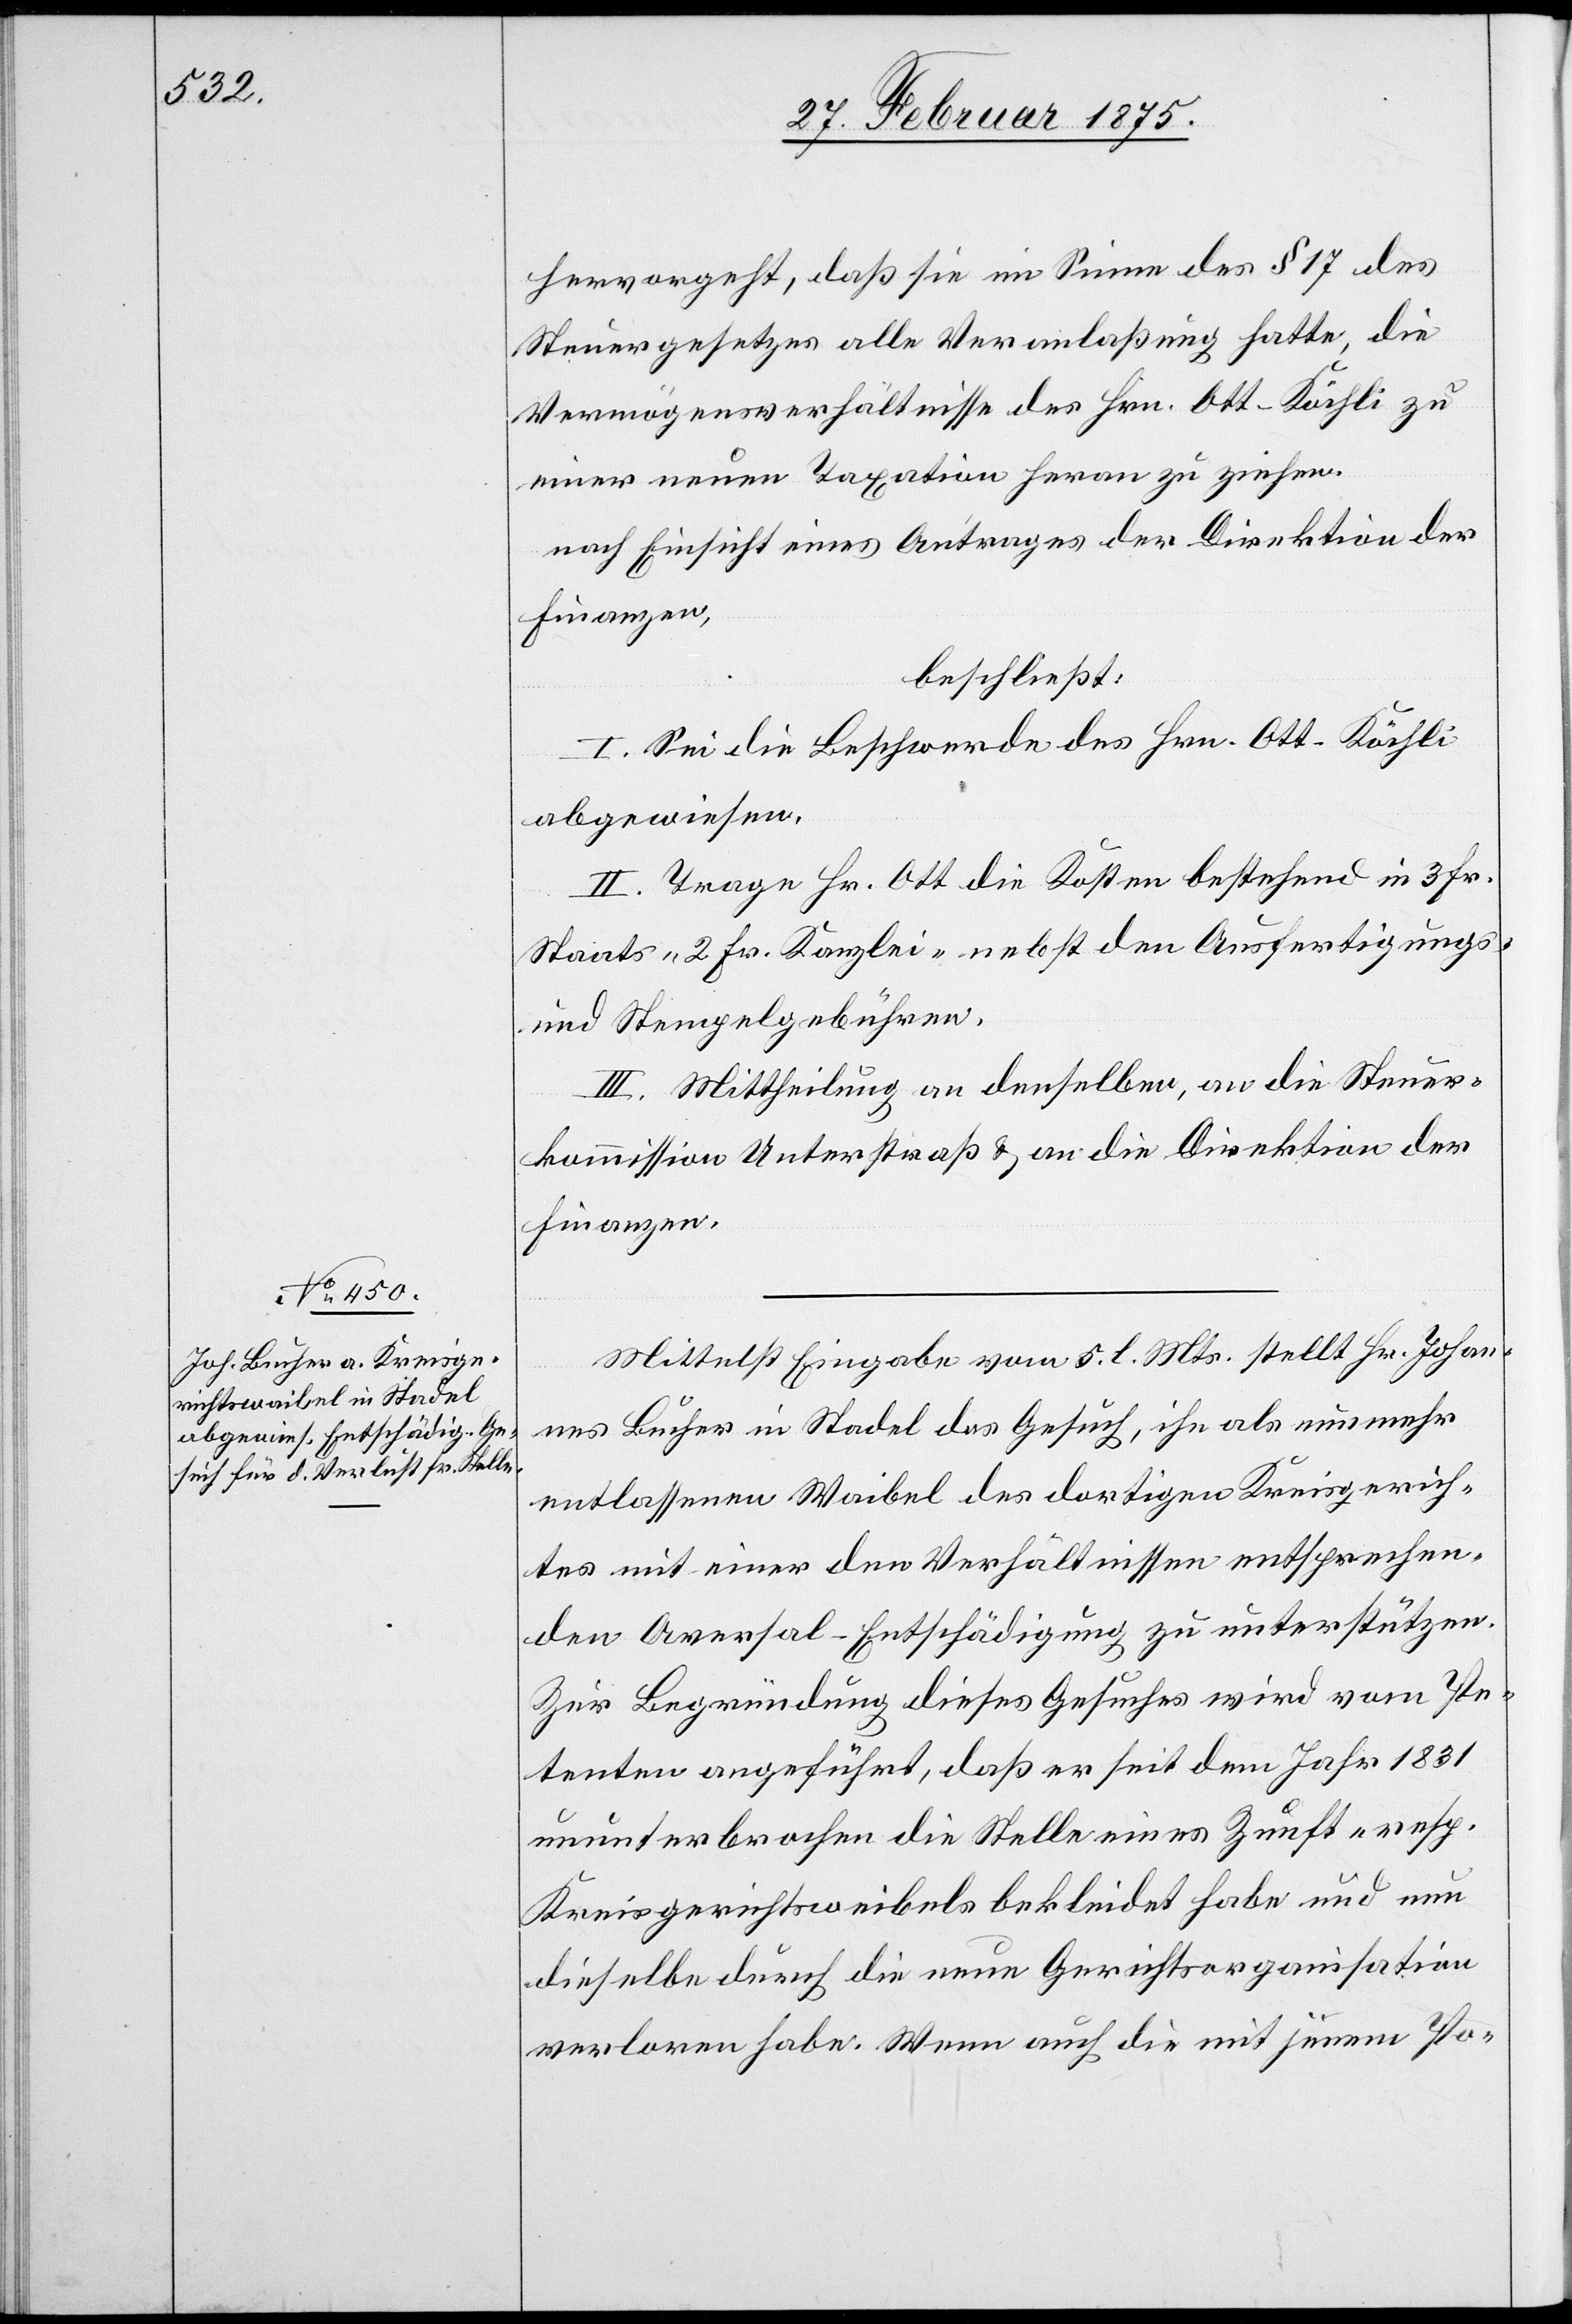
hervorgeht, daß sie im Sinne des § 17 des
Steuergesetzes alle Veranlaßung hatte, die
Vermögensverhältnisse des Hrn. Ott-Köchli zu
einer neuen Taxation heran zu ziehen,
nach Einsicht eines Antrages der Direktion der
Finanzen,
beschließt:
I. Sei die Beschwerde des Hrn. Ott-Köchli
abgewiesen.
II. Trage Hr. Ott die Kosten bestehend in 3 Fr.
Staats-[,] 2 Fr. Kanzlei- nebst den Ausfertigungs-
und Stempelgebühren.
III. Mittheilung an denselben, an die Steuer¬
kommission Unterstraß u. an die Direktion der
Finanzen.
Mittelst Eingabe vom 5. l. Mts. stellt Hr. Johan¬
nes Bucher in Stadel das Gesuch, ihn als nunmehr
entlassenen Waibel des dortigen Kreisgerich¬
tes mit einer den Verhältnissen entsprechen¬
den Aversal-Entschädigung zu unterstützten.
Zur Begründung dieses Gesuches wird vom Pe¬
tenten angeführt, daß er seit dem Jahr 1831
ununterbrochen die Stelle eines Zunft resp.
Kreisgerichtsweibels bekleidet habe und nun
dieselbe durch die neue Gerichtsorganisation
verloren habe. Wenn auch die mit jenem Po-